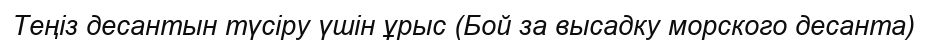
Теңіз десантын түсіру үшін ұрыс (Бой за высадку морского десанта)